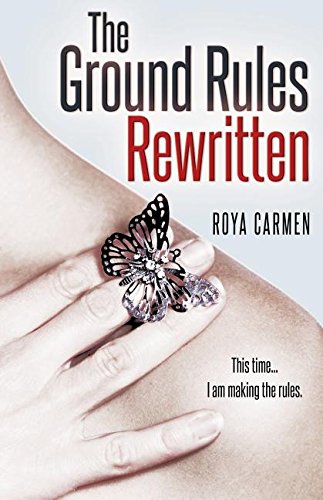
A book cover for The Ground Rules: Rewritten; Roya Carmen; Romance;